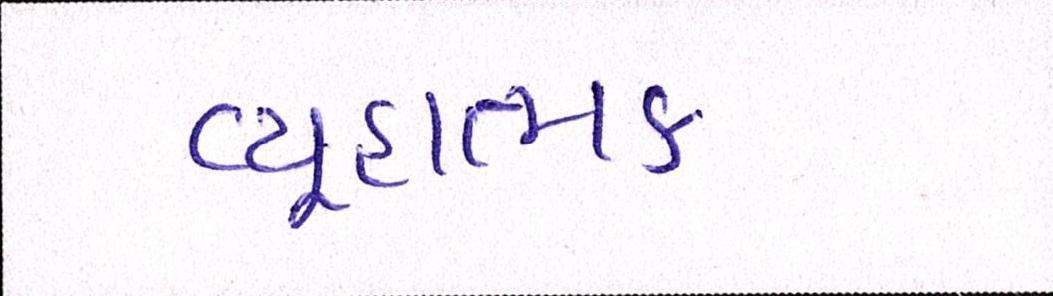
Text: વ્યૂહાત્મક